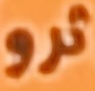
ثرو